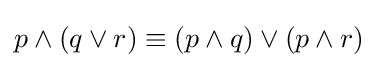
p\wedge (q\vee r)\equiv (p\wedge q)\vee (p\wedge r)